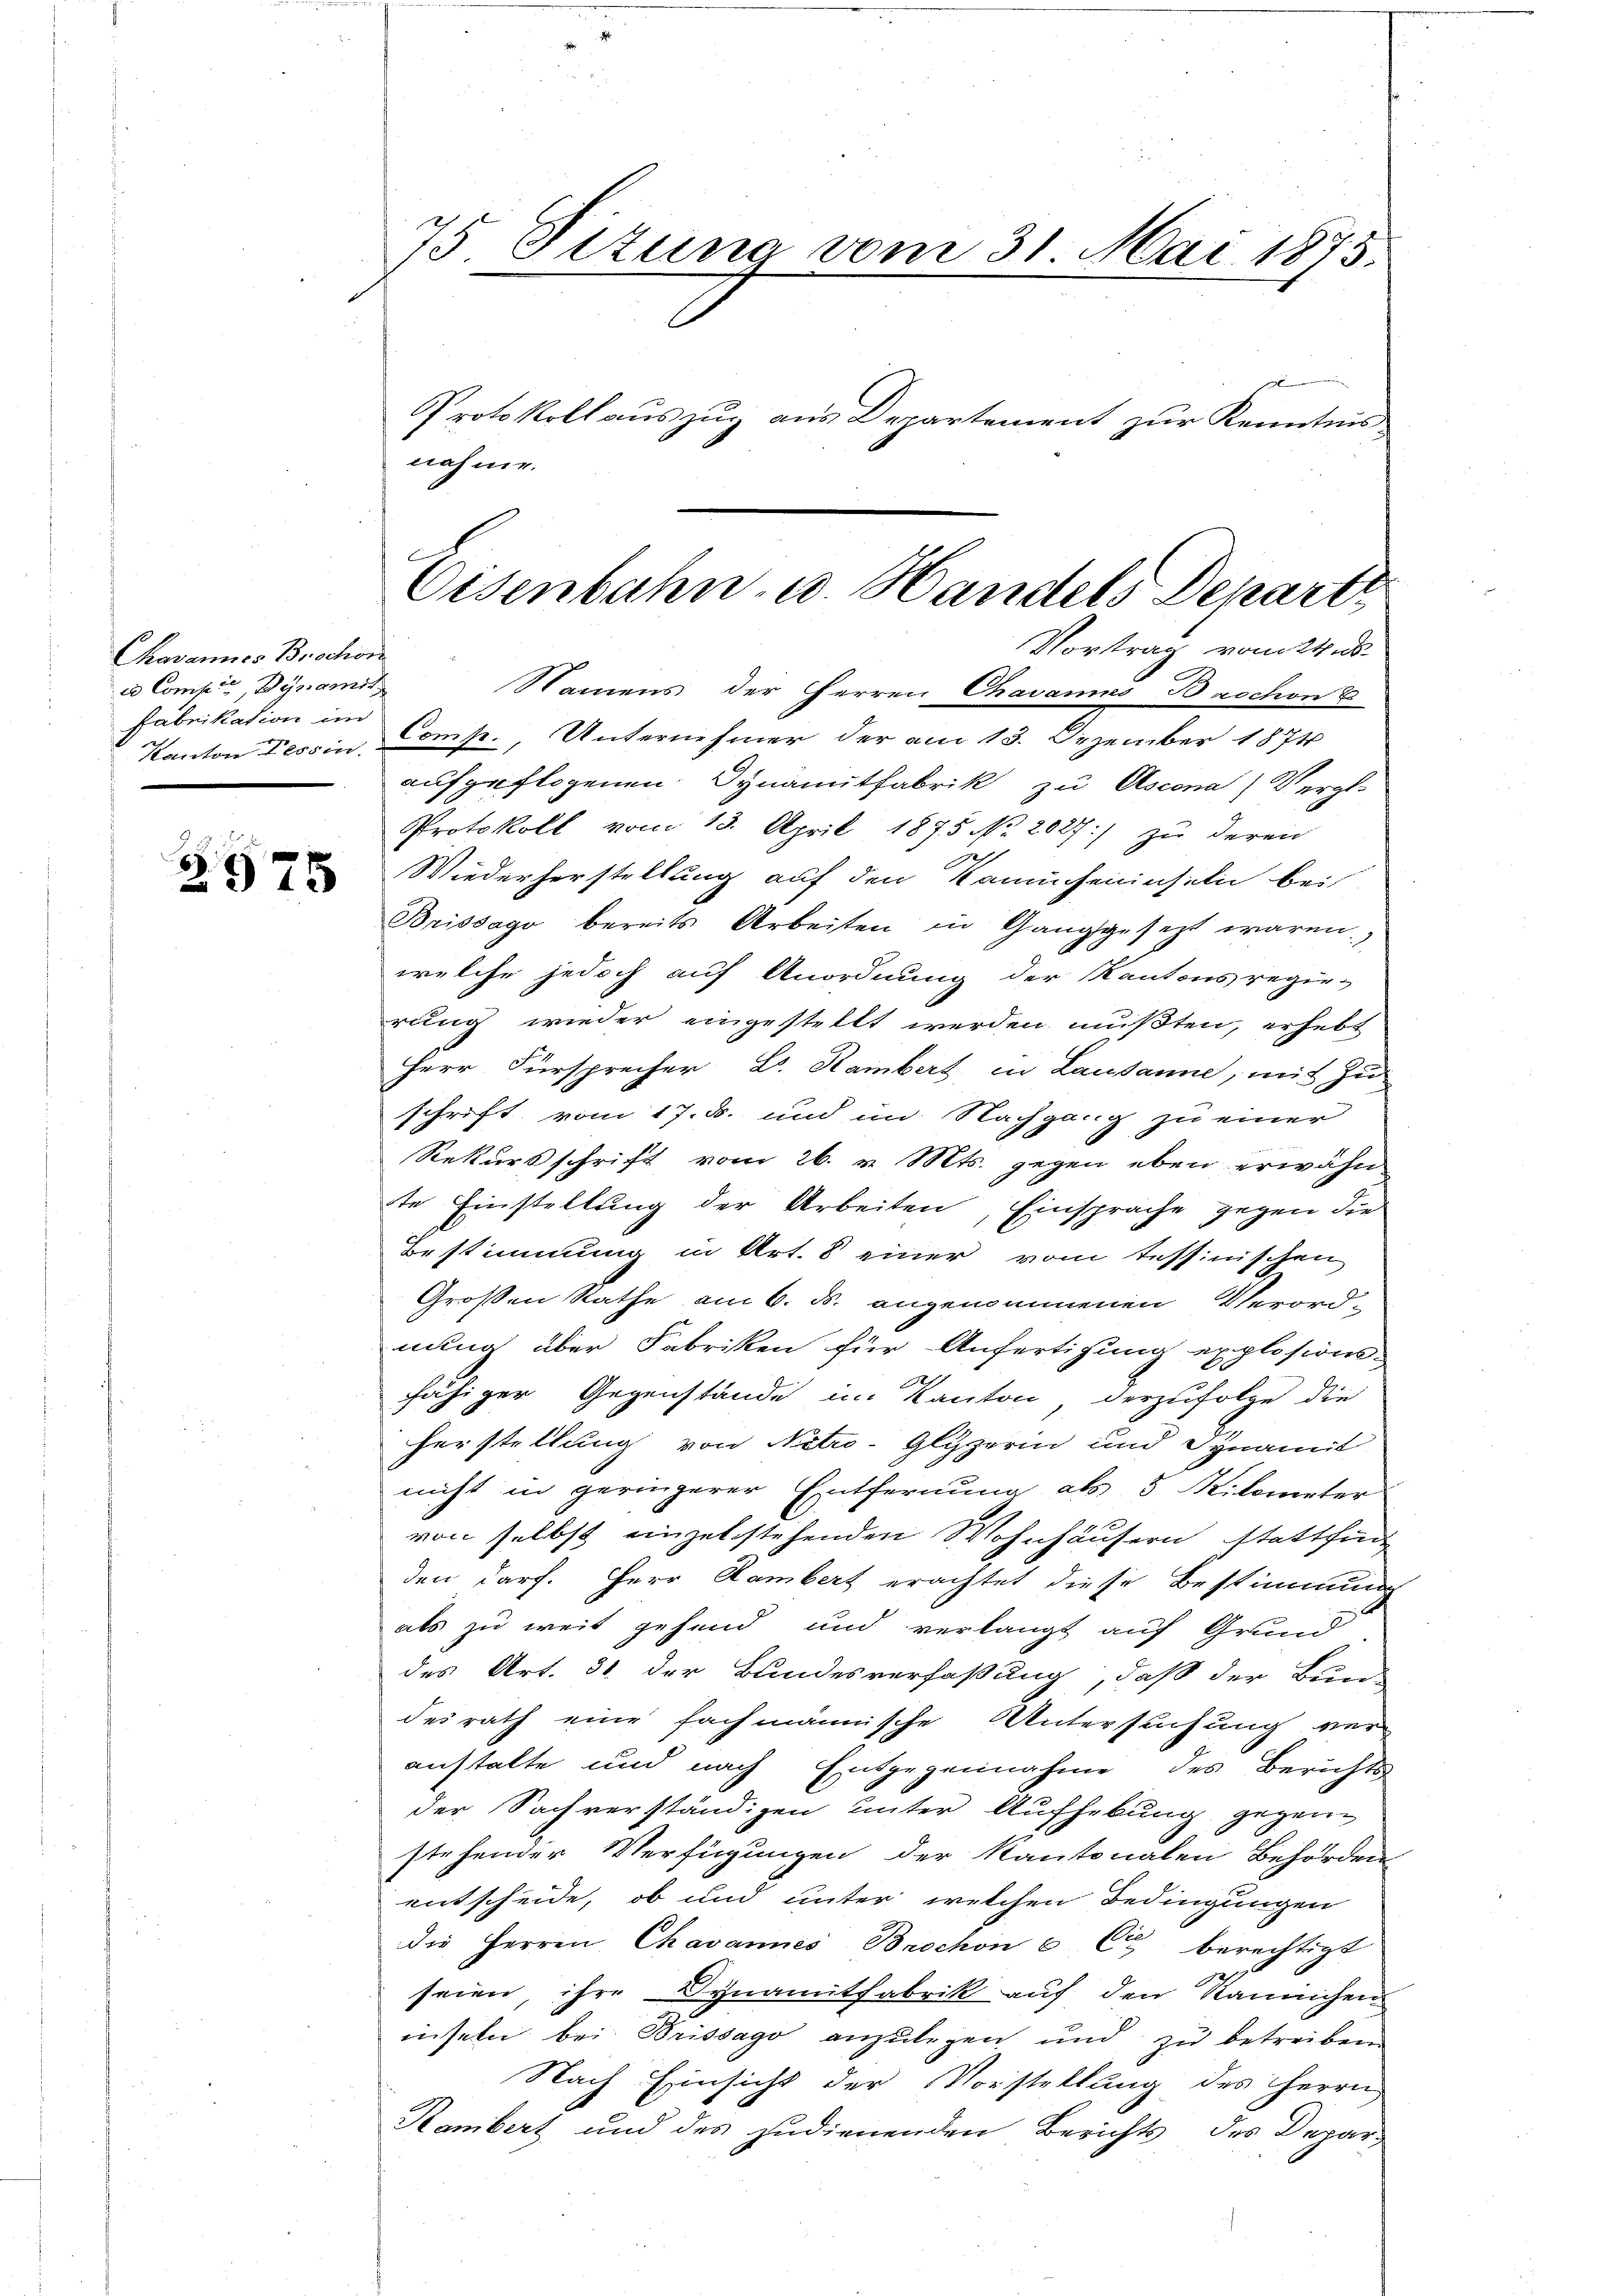
Tavannes Brochon
e Compis, Dynamit
Fabrikation im
Kanton Tessin.

6
975

75 Sizung vom 31. Mai 1875
Protokoll auszug aus Departement zur Kenntnis
nahme.

Eisenbahn- u. Handels Depart
Vortrag vom 24 s.

Namens der Herren Chavannes Baschon E
Comp., Unternehmer der am 13. Dezember 1874
aufgeflogenen Dynamitfabrik zu Ascena) Vergl.
Protokoll vom 13. April 1875 No 2027:/ zu deren
2
E
Wiederherstellung auf den Kamucheninsilie bei
Brissago bereits Arbeiten in Ganggesezt waren.
welche jedoch auf Anordnung der Kantonsregie-
rung wieder eingestellt werden mußten, erhebt
Herr Fürsprecher B. Hambert in Lausanne, mit zu
schrift vom 17. ds. und im Nachgang zu einer
Rekursschrift vom 26. v. Mts. gegen eben erwähn
te Einstellung der Arbeiten, Einsprache gegen die
Bestimmung in Art. 8 einer vom Tessinischen
Großen Rathe am 6. ds. angenommenen Verord-
nung über Fabriken für Anfertigung explosions-
fähiger Gegenstände im Kanton, derzufolge die
ferstellung von Netro-Glyzerin und Synamit
nicht in geringerer Entfernung als 5 Kilometer
von selbst einzelstehenden Wohnhäusern stattfin
den darf. Herr Rambert erachtet diese Bestimmung
als zu weit gehend und verlangt auf Grund
des Art. 31. der Bundesverfaßung, daß der Bun-
desrath eine fachmännische Untersuchung veranstalte und nach Entgegennahme des Berichts-
der Sachverständigen unter Aufhebung gegen
stehender Verfügungen der Kantonalen Behörden
entscheide, ob und unter welchen Bedingungen
die Herren Chavannes Brochon c C berechtigt
seien, ihre Synamitfabrik auf den Rannchen
inseln bei Brissago anzulegen und zu betreiben
Nach Einsicht der Vorstellung des HHerrn
Rambert und des zudienenden Berichts des Depar-